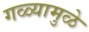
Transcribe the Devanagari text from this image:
गळ्यामुळे